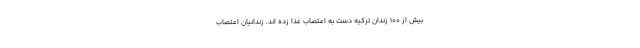
بیش از 100 زندان ترکیه دست به اعتصاب غذا زده اند. زندانیان اعتصاب